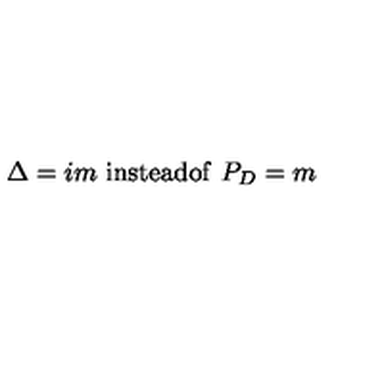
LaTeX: \Delta = i m \ \mathrm { i n s t e a d o f } \ P _ { D } = m